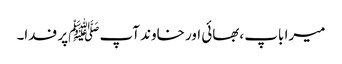
میرا باپ ،بھائی اور خاوند آپ ﷺپر فدا۔